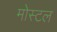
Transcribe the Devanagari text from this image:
मोस्टल